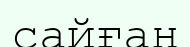
сайған